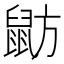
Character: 𪕃